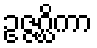
ဥဇ္ဇဂ္ဃိကာ